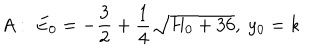
A : ~ E _ { 0 } = - { \frac { 3 } { 2 } } + { \frac { 1 } { 4 } } \sqrt { H _ { 0 } + 3 6 } , ~ y _ { 0 } = k